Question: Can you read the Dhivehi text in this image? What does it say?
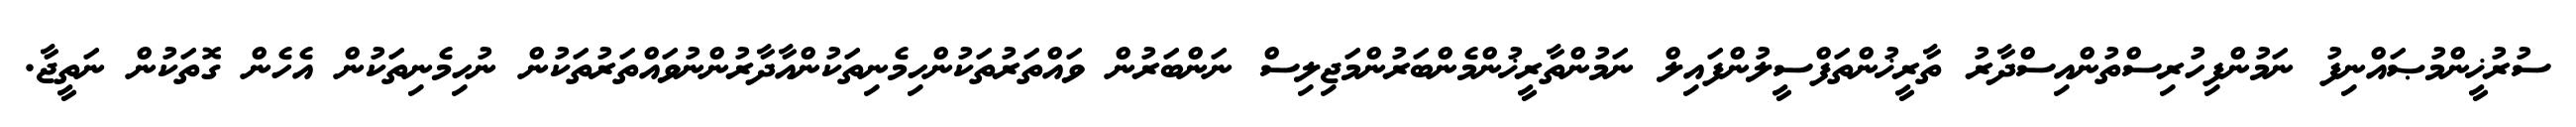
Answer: ސުރުޚީންމުޞައްނިފު ނަމުންފިހުރިސްތުންއިސްދާރު ތާރީޚުންތަފްސީލުންފައިލް ނަމުންތާރީޚުންމެންބަރުންމަޖިލިސް ނަންބަރުން ވައްތަރުތަކުންހިމެނިތަކުންއާދާރުންނުވައްތަރުތަކުން ނުހިމެނިތަކުން އެހެން ގޮތަކުން ނަތީޖާ.